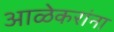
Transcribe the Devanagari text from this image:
आळेकरांना